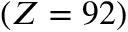
( Z = 9 2 )